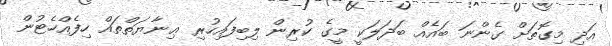
އަދި މިގޮތަށް ގެންނަ ބައެއް ބަދަލަކީ މީގެ ކުރިން ލިބިފައިހުރި ޢިނާޔަތްތައް ހިފެއްހެޓުން